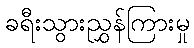
ခရီးသွားညွှန်ကြားမှု